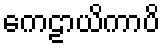
ကေဠာယိကာပိ